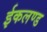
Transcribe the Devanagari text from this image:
ईकलण्ड